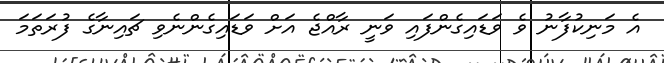
އެ މަނިކުފާނު ވެ ވަޑައިގެންފައި ވަނީ ރާއްޖެ އަށް ވަޑައިގެންނެވި ޗައިނާގެ ފުރަތަމަ